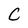
Character: C